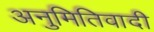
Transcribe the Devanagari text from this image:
अनुमितिवादी